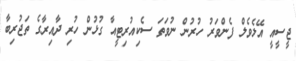
ޖީސީއީ އޭލެވެލް ފެންވަރު ހުރުން ނުވަތަ ސެކިއުރިޓީއާ ގުޅުން ހުރި ދާއިރާގެ ތަޖުރިބާ